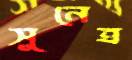
সুনেত্র